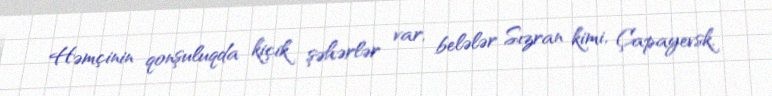
Həmçinin qonşuluqda kiçik şəhərlər var, belələr Sızran kimi, Çapayevsk,